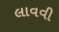
લાવવી